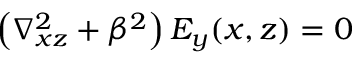
\left( \nabla _ { x z } ^ { 2 } + \beta ^ { 2 } \right) E _ { y } ( x , z ) = 0